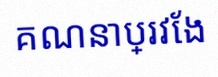
គណនាប្រវែង